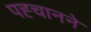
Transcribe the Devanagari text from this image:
पह्चानने